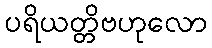
ပရိယတ္တိဗဟုလော